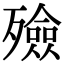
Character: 殮